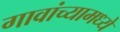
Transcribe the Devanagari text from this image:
गावांच्यामध्ये